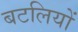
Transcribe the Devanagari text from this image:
बटलियों